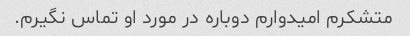
متشکرم امیدوارم دوباره در مورد او تماس نگیرم.